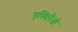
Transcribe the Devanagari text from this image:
एस्पिरैंतो